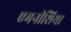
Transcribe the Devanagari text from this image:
एमनीशिया